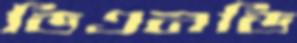
ডিএনডি